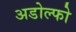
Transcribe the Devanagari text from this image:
अडोल्फो